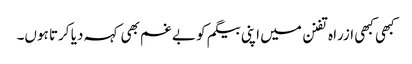
کبھی کبھی ازراہ تفنن میں اپنی بیگم کو بے غم بھی کہہ دیا کرتا ہوں۔